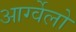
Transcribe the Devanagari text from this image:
आर्ग्वेलो